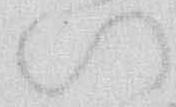
い